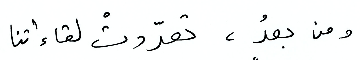
ومن بعدُ، تعدّدت لقاءاتنا